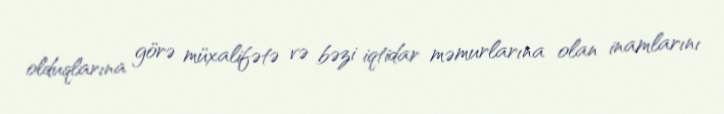
olduqlarına görə müxalifətə və bəzi iqtidar məmurlarına olan inamlarını